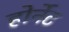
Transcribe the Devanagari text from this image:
होर्नेट